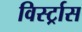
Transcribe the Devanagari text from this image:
विर्स्ट्रास